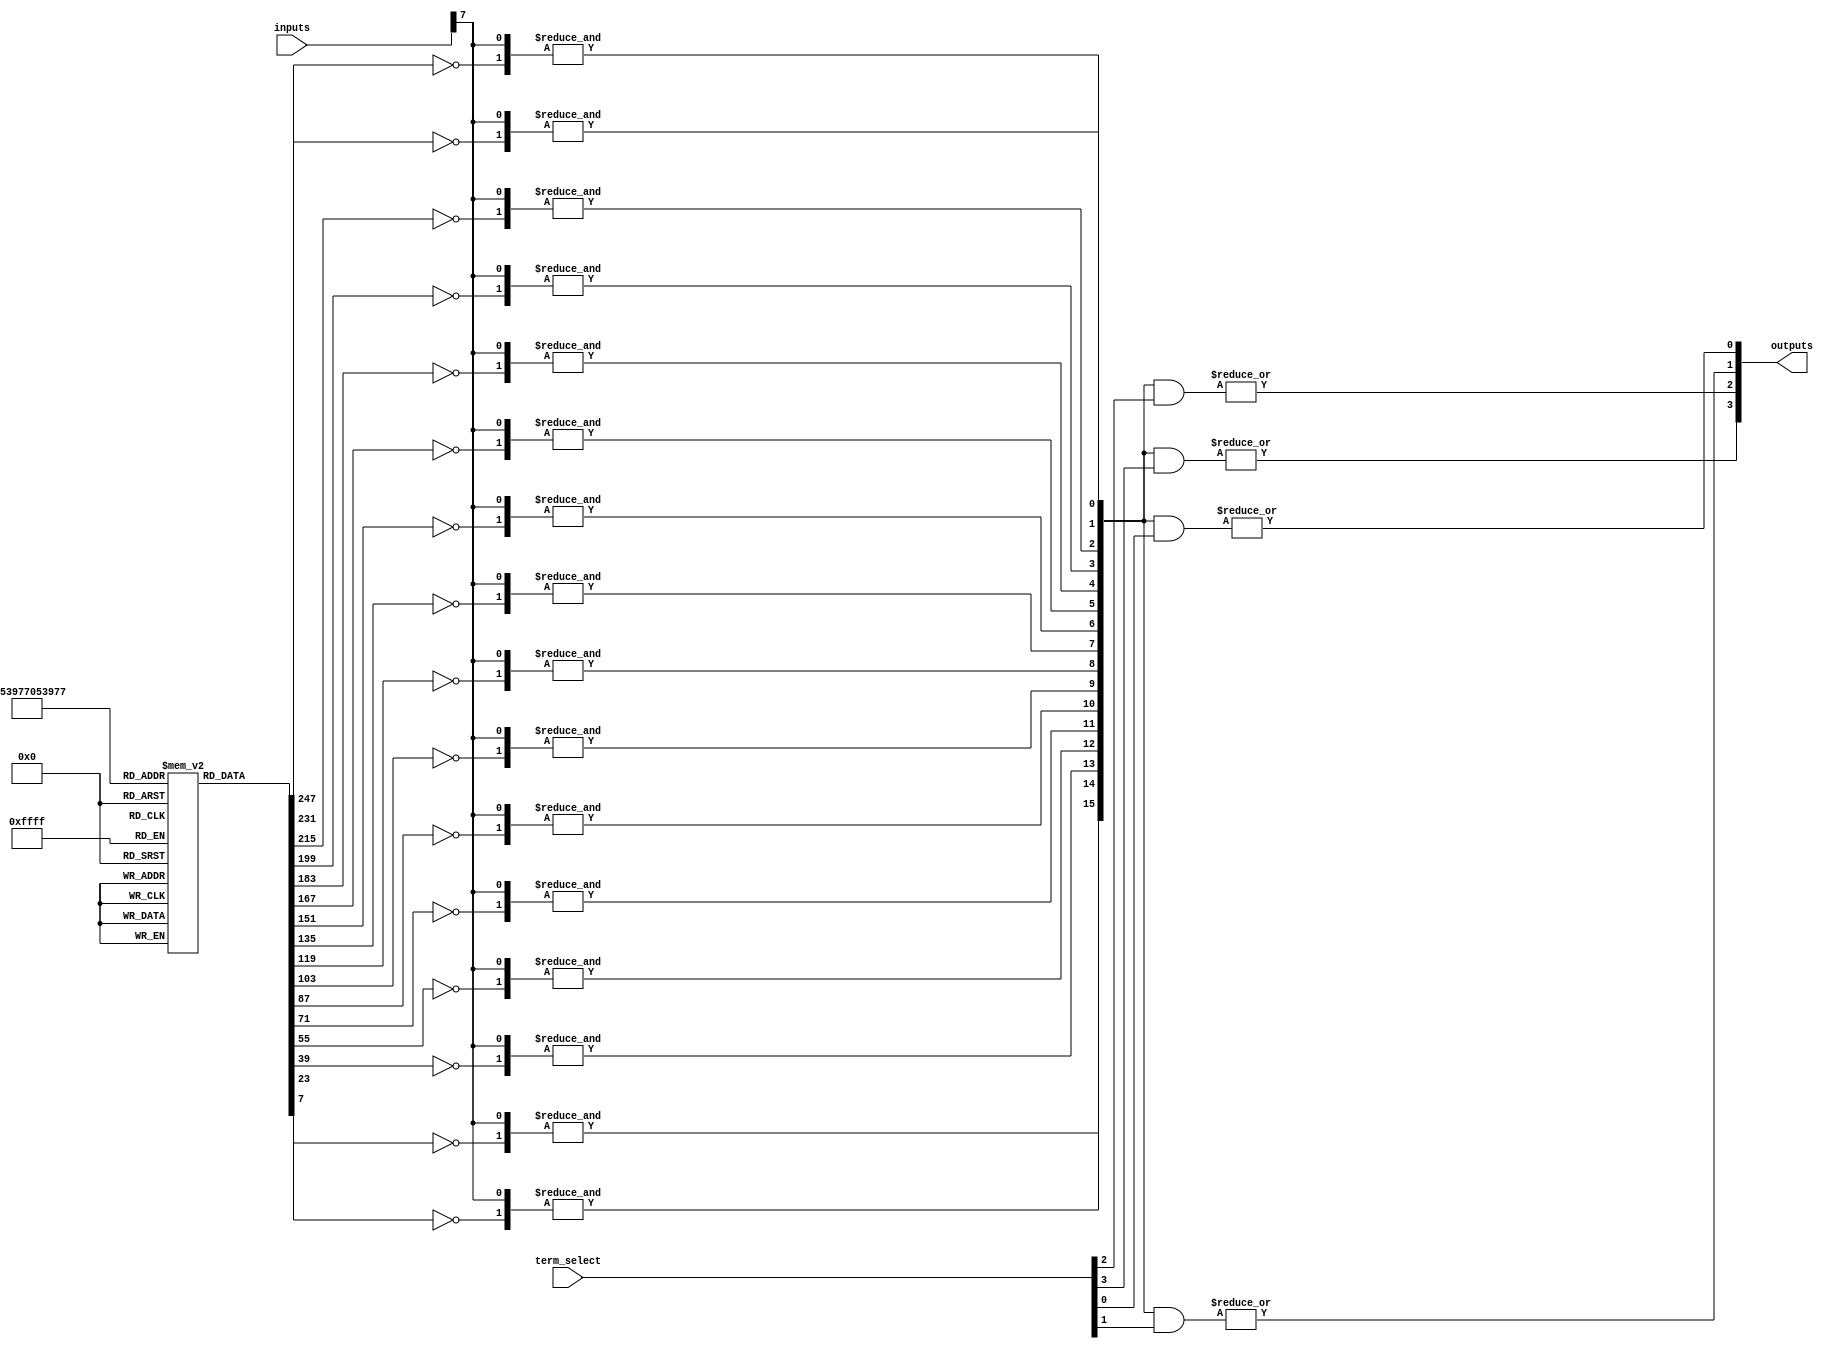
module HS_PAL (
    input [N_INPUTS-1:0] inputs,          // N_INPUTS input pins
    input [N_TERMS-1:0] term_select,      // Term selection inputs to choose which product terms to output
    output [N_OUTPUTS-1:0] outputs        // N_OUTPUTS output pins
);

parameter N_INPUTS = 8;         // Number of inputs
parameter N_TERMS = 16;         // Number of AND terms available
parameter N_OUTPUTS = 4;        // Number of OR outputs

// Define the internal AND array
reg [N_TERMS-1:0] and_terms [0:N_INPUTS-1]; // AND array configuration
wire [N_TERMS-1:0] and_outputs;              // Outputs from the AND gates

// Generate programmable AND gates
genvar i, j;
generate
    for (i = 0; i < N_TERMS; i = i + 1) begin : and_gate
        wire and_input = ((and_terms[i] & inputs) != 0);
        
        // AND gate logic, allow for complementary inputs
        assign and_outputs[i] = &{~and_terms[i][N_INPUTS-1], inputs[N_INPUTS-1]};
    end
endgenerate

// Fixed OR array to combine outputs from the AND gates
genvar k;
generate
    for (k = 0; k < N_OUTPUTS; k = k + 1) begin : or_gate
        assign outputs[k] = |(and_outputs & term_select[k]); // Combine outputs based on selected terms
    end
endgenerate

// Note: Add an initialization block here to set up 'and_terms' based on programming configuration
// This code will typically be further expanded to handle actual programming and initialization of the AND array.

endmodule